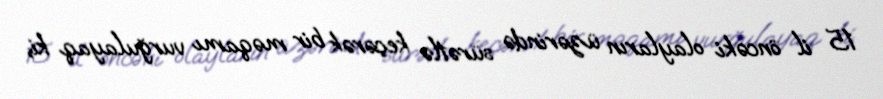
15 il öncəki olayların üzərində sürətlə keçərək bir məqamı vurğulayaq ki,